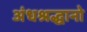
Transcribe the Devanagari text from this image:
अंधश्रद्धानो